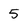
Character: 5